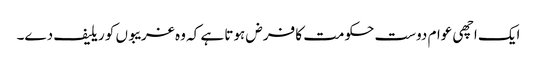
ایک اچھی عوام دوست حکومت کا فرض ہوتا ہے کہ وہ غریبوں کو ریلیف دے۔